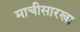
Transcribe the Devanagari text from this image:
माचीसारखा